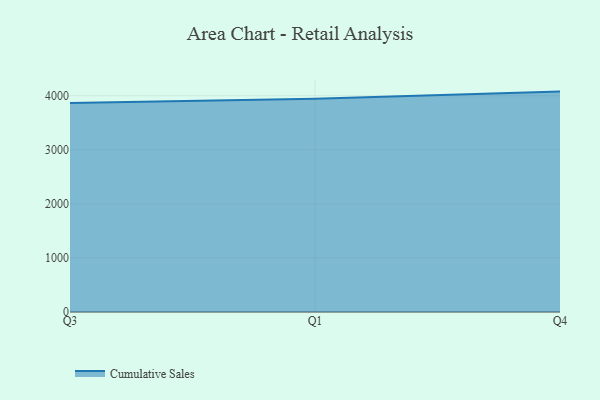
{"axis": {"x": "Quarter", "y": "Budget (USD K)"}, "legend": ["Cumulative Sales"], "data": [{"x": "Q3", "y": 3862.8, "type": "Cumulative Sales"}, {"x": "Q1", "y": 3942.7, "type": "Cumulative Sales"}, {"x": "Q4", "y": 4075.8, "type": "Cumulative Sales"}]}